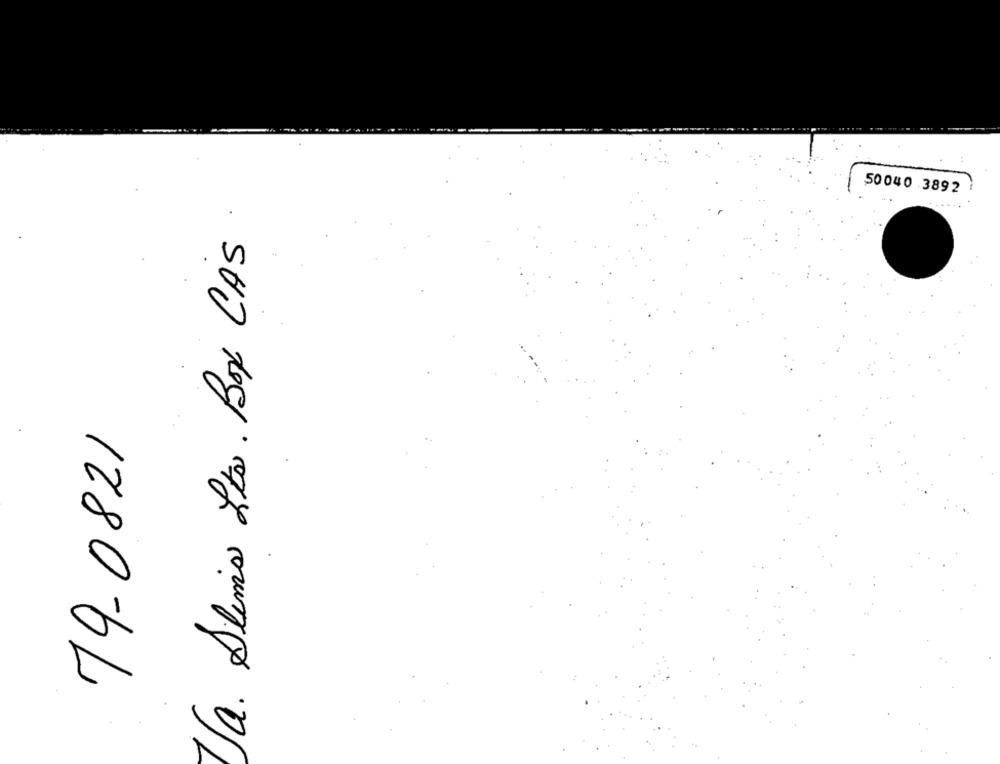
50040 .3892
Va. Slims Lts . Box CAS.
79-0821